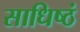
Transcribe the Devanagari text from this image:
साधिष्ठं